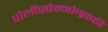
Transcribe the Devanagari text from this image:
पोलीसोम्नोग्राफी